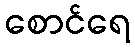
စောင်ရေ